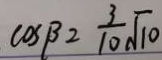
\cos \beta = \frac { 3 } { 1 0 } \sqrt { 1 0 }